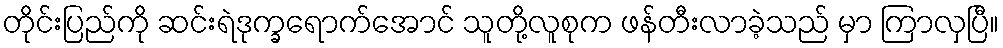
တိုင်းပြည်ကို ဆင်းရဲဒုက္ခရောက်အောင် သူတို့လူစုက ဖန်တီးလာခဲ့သည် မှာ ကြာလှပြီ။